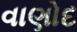
વાણોદ